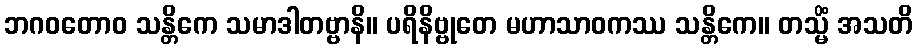
ဘဂဝတောဝ သန္တိကေ သမာဒါတဗ္ဗာနိ။ ပရိနိဗ္ဗုတေ မဟာသာဝကဿ သန္တိကေ။ တသ္မိံ အသတိ